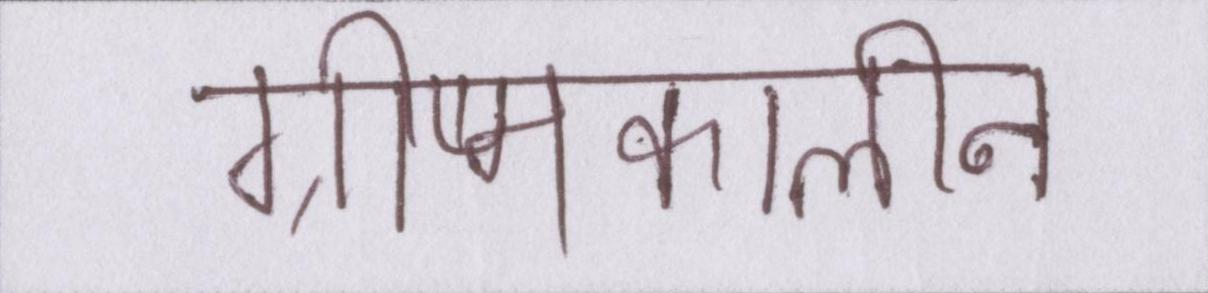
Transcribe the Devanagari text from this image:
ग्रीष्मकालीन